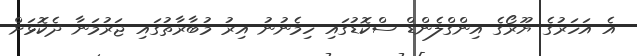
އެ އަހަރުގެ ޔޫރޯގެ އިންގްލެންޑް ސްކޮޑުގައި ހިމެނުނު އިރު މުބާރާތުގައި ޖަރުމަނާ ދެކޮޅަށް